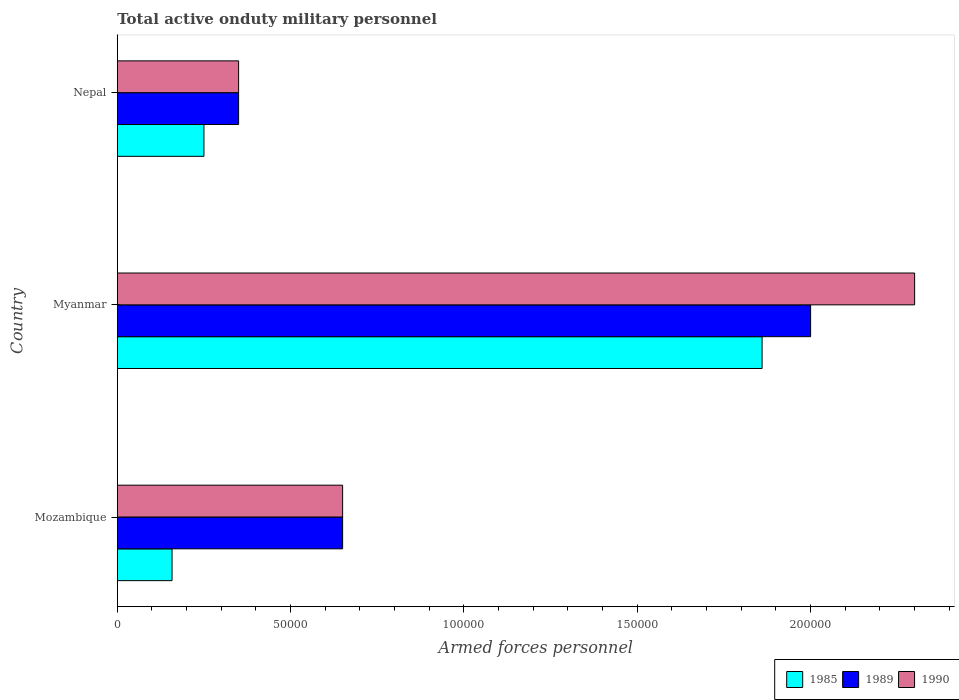
| Country | 1985 | 1989 | 1990 |
 | --- | --- | --- | --- |
 | Mozambique | 1.58e+04 | 6.5e+04 | 6.5e+04 |
 | Myanmar | 1.86e+05 | 2e+05 | 2.3e+05 |
 | Nepal | 2.5e+04 | 3.5e+04 | 3.5e+04 |